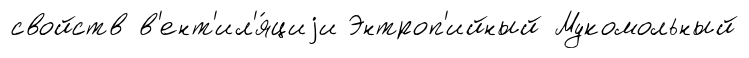
свойств в'ент'ил'я́циjи Энтроп'ийный Мукомольный